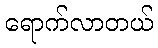
ရောက်လာတယ်